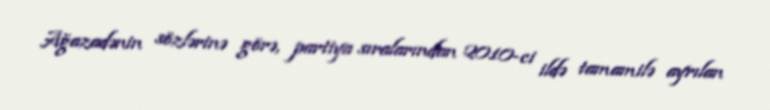
Ağazadənin sözlərinə görə, partiya sıralarından 2010-ci ildə tamamilə ayrılan